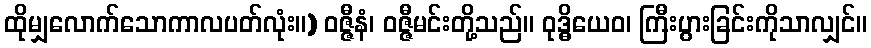
ထိုမျှလောက်သောကာလပတ်လုံး။) ဝဇ္ဇီနံ၊ ဝဇ္ဇီမင်းတို့သည်။ ဝုဒ္ဓိယေဝ၊ ကြီးပွားခြင်းကိုသာလျှင်။